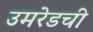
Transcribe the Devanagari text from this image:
उमरेडची